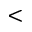
<